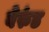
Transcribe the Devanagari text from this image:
बेरुंड